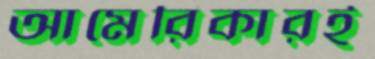
আমেরিকারই